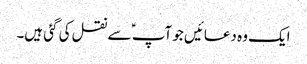
ایک وہ دعائیں جو آپ ؑ سے نقل کی گئی ہیں۔